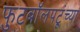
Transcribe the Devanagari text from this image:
फुटबॉलपटूंच्या